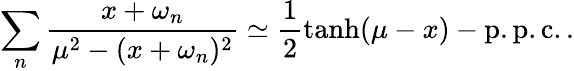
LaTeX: \sum_{n}\frac{x+\omega_{n}}{\mu^{2}-(x+\omega_{n})^{2}}\simeq\frac{1}{2}\operatorname{tanh}(\mu-x)-\mathrm{p.p.c.}\, .